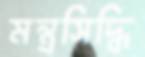
মন্ত্রসিদ্ধি